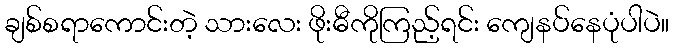
ချစ်စရာကောင်းတဲ့ သားလေး ဖိုးဓီကိုကြည့်ရင်း ကျေနပ်နေပုံပါပဲ။